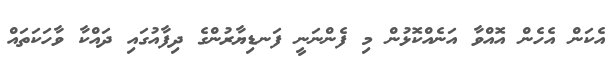
އެކަން އެހެން އޮއްވާ އަނެއްކޮޅުން މި ފެންނަނީ ފަނޑިޔާރުންގެ ދިފާއުގައި ދައްކާ ވާހަކަތައް